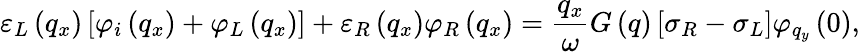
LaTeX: {{\varepsilon}_{L}}\left({{q}_{x}}\right)\left[{{\varphi}_{i}}\left({{q}_{x}}\right)+{{\varphi}_{L}}\left({{q}_{x}}\right)\right]+{{\varepsilon}_{R}}\left({{q}_{x}}\right){{\varphi}_{R}}\left({{q}_{x}}\right)=\frac{{{q}_{x}}}{\omega}G\left(q\right)\left[{{\sigma}_{R}}-{{\sigma}_{L}}\right]{{\varphi}_{{{q}_{y}}}}\left(0\right),